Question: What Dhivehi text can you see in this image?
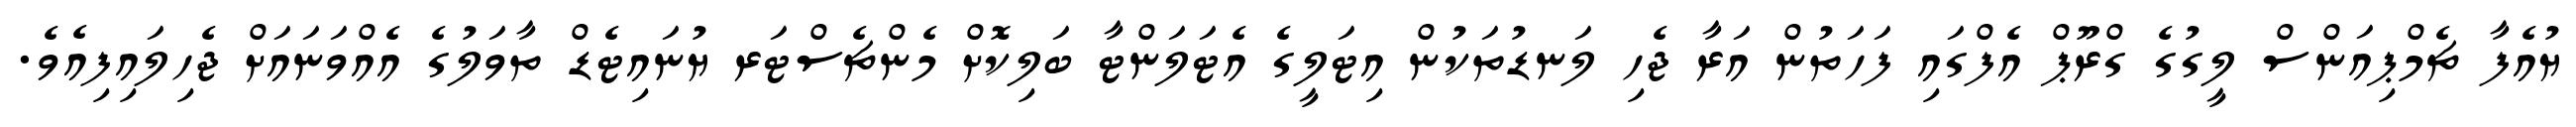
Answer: ޔުއެފާ ޗެމްޕިއަންސް ލީގުގެ ގްރޫޕް އެފްގައި ފަހަތުން އަރާ ޖެހި ލަނޑުތަކުން އިޓަލީގެ އެޓަލަންޓާ ބަލިކޮށް މެންޗެސްޓަރ ޔުނައިޓެޑް ތާވަލުގެ އެއްވަނައަށް ޖެހިލައިފިއެވެ.